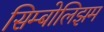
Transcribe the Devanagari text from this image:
सिम्बोलिझम